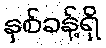
နှစ်ခန့်ရှိ